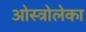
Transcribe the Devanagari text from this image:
ओस्त्रोलेका